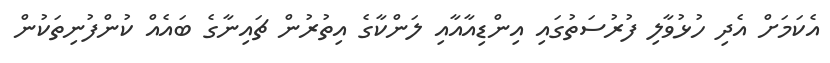
އެކަމަށް އެދި ހުޅުވާލި ފުރުސަތުގައި އިންޑިއާއާއި ލަންކާގެ އިތުރުން ޗައިނާގެ ބައެއް ކުންފުނިތަކުން